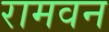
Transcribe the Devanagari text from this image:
रामवन